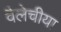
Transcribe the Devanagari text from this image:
वैलेचीया